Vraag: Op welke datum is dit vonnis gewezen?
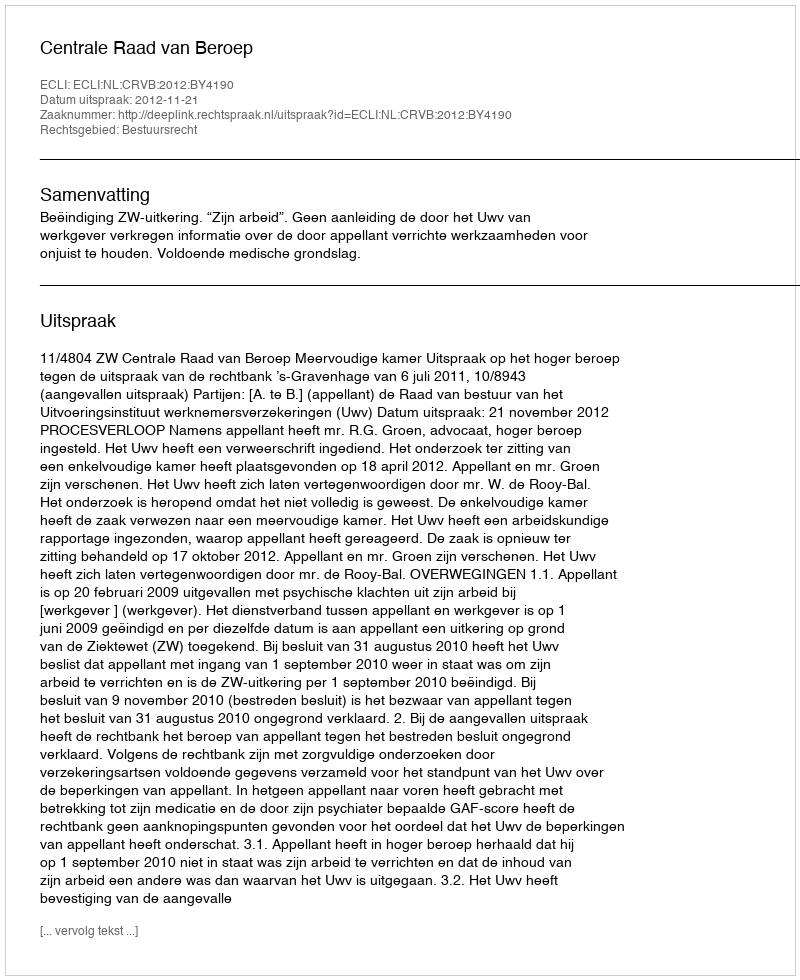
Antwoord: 2012-11-21